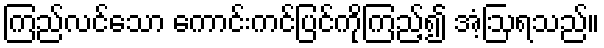
ကြည်လင်သော ကောင်းကင်ပြင်ကိုကြည့်၍ အံ့ဩရသည်။